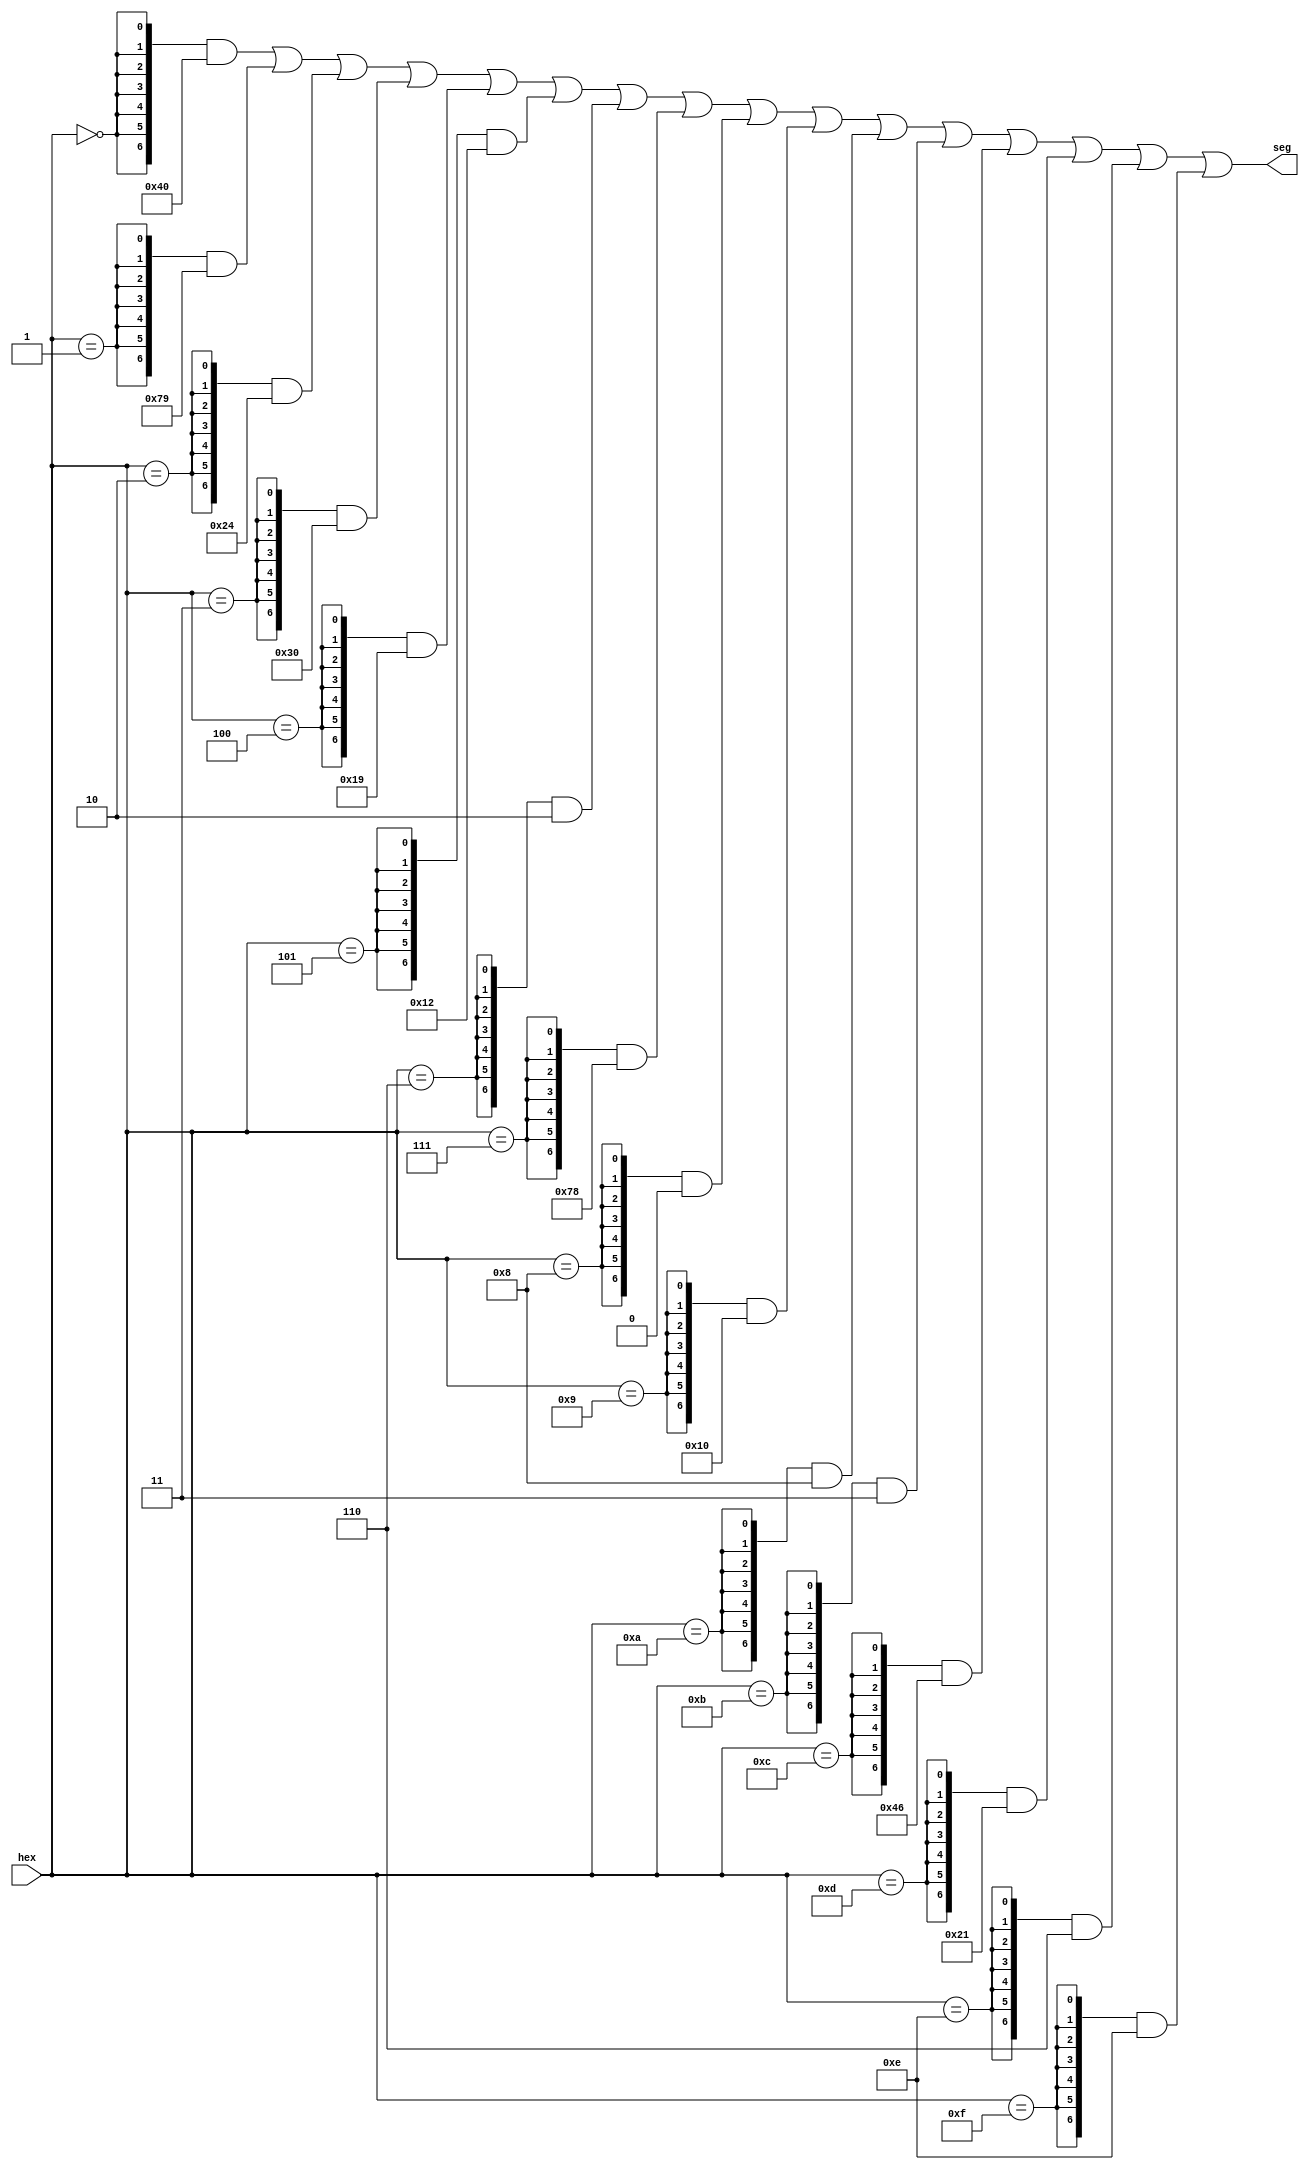
module hex2seg (input [3:0] hex, output [6:0] seg);

assign seg =
		({7{(hex == 4'h0)}} & 7'b1000000) |
		({7{(hex == 4'h1)}} & 7'b1111001) |
		({7{(hex == 4'h2)}} & 7'b0100100) |
		({7{(hex == 4'h3)}} & 7'b0110000) |
		({7{(hex == 4'h4)}} & 7'b0011001) |
		({7{(hex == 4'h5)}} & 7'b0010010) |
		({7{(hex == 4'h6)}} & 7'b0000010) |
		({7{(hex == 4'h7)}} & 7'b1111000) |
		({7{(hex == 4'h8)}} & 7'b0000000) |
		({7{(hex == 4'h9)}} & 7'b0010000) |
		({7{(hex == 4'hA)}} & 7'b0001000) |
		({7{(hex == 4'hB)}} & 7'b0000011) |
		({7{(hex == 4'hC)}} & 7'b1000110) |
		({7{(hex == 4'hD)}} & 7'b0100001) |
		({7{(hex == 4'hE)}} & 7'b0000110) |
		({7{(hex == 4'hF)}} & 7'b0001110); 

endmodule